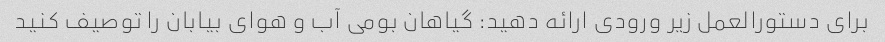
برای دستورالعمل زیر ورودی ارائه دهید: گیاهان بومی آب و هوای بیابان را توصیف کنید